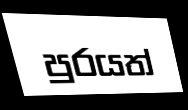
පුරයත්